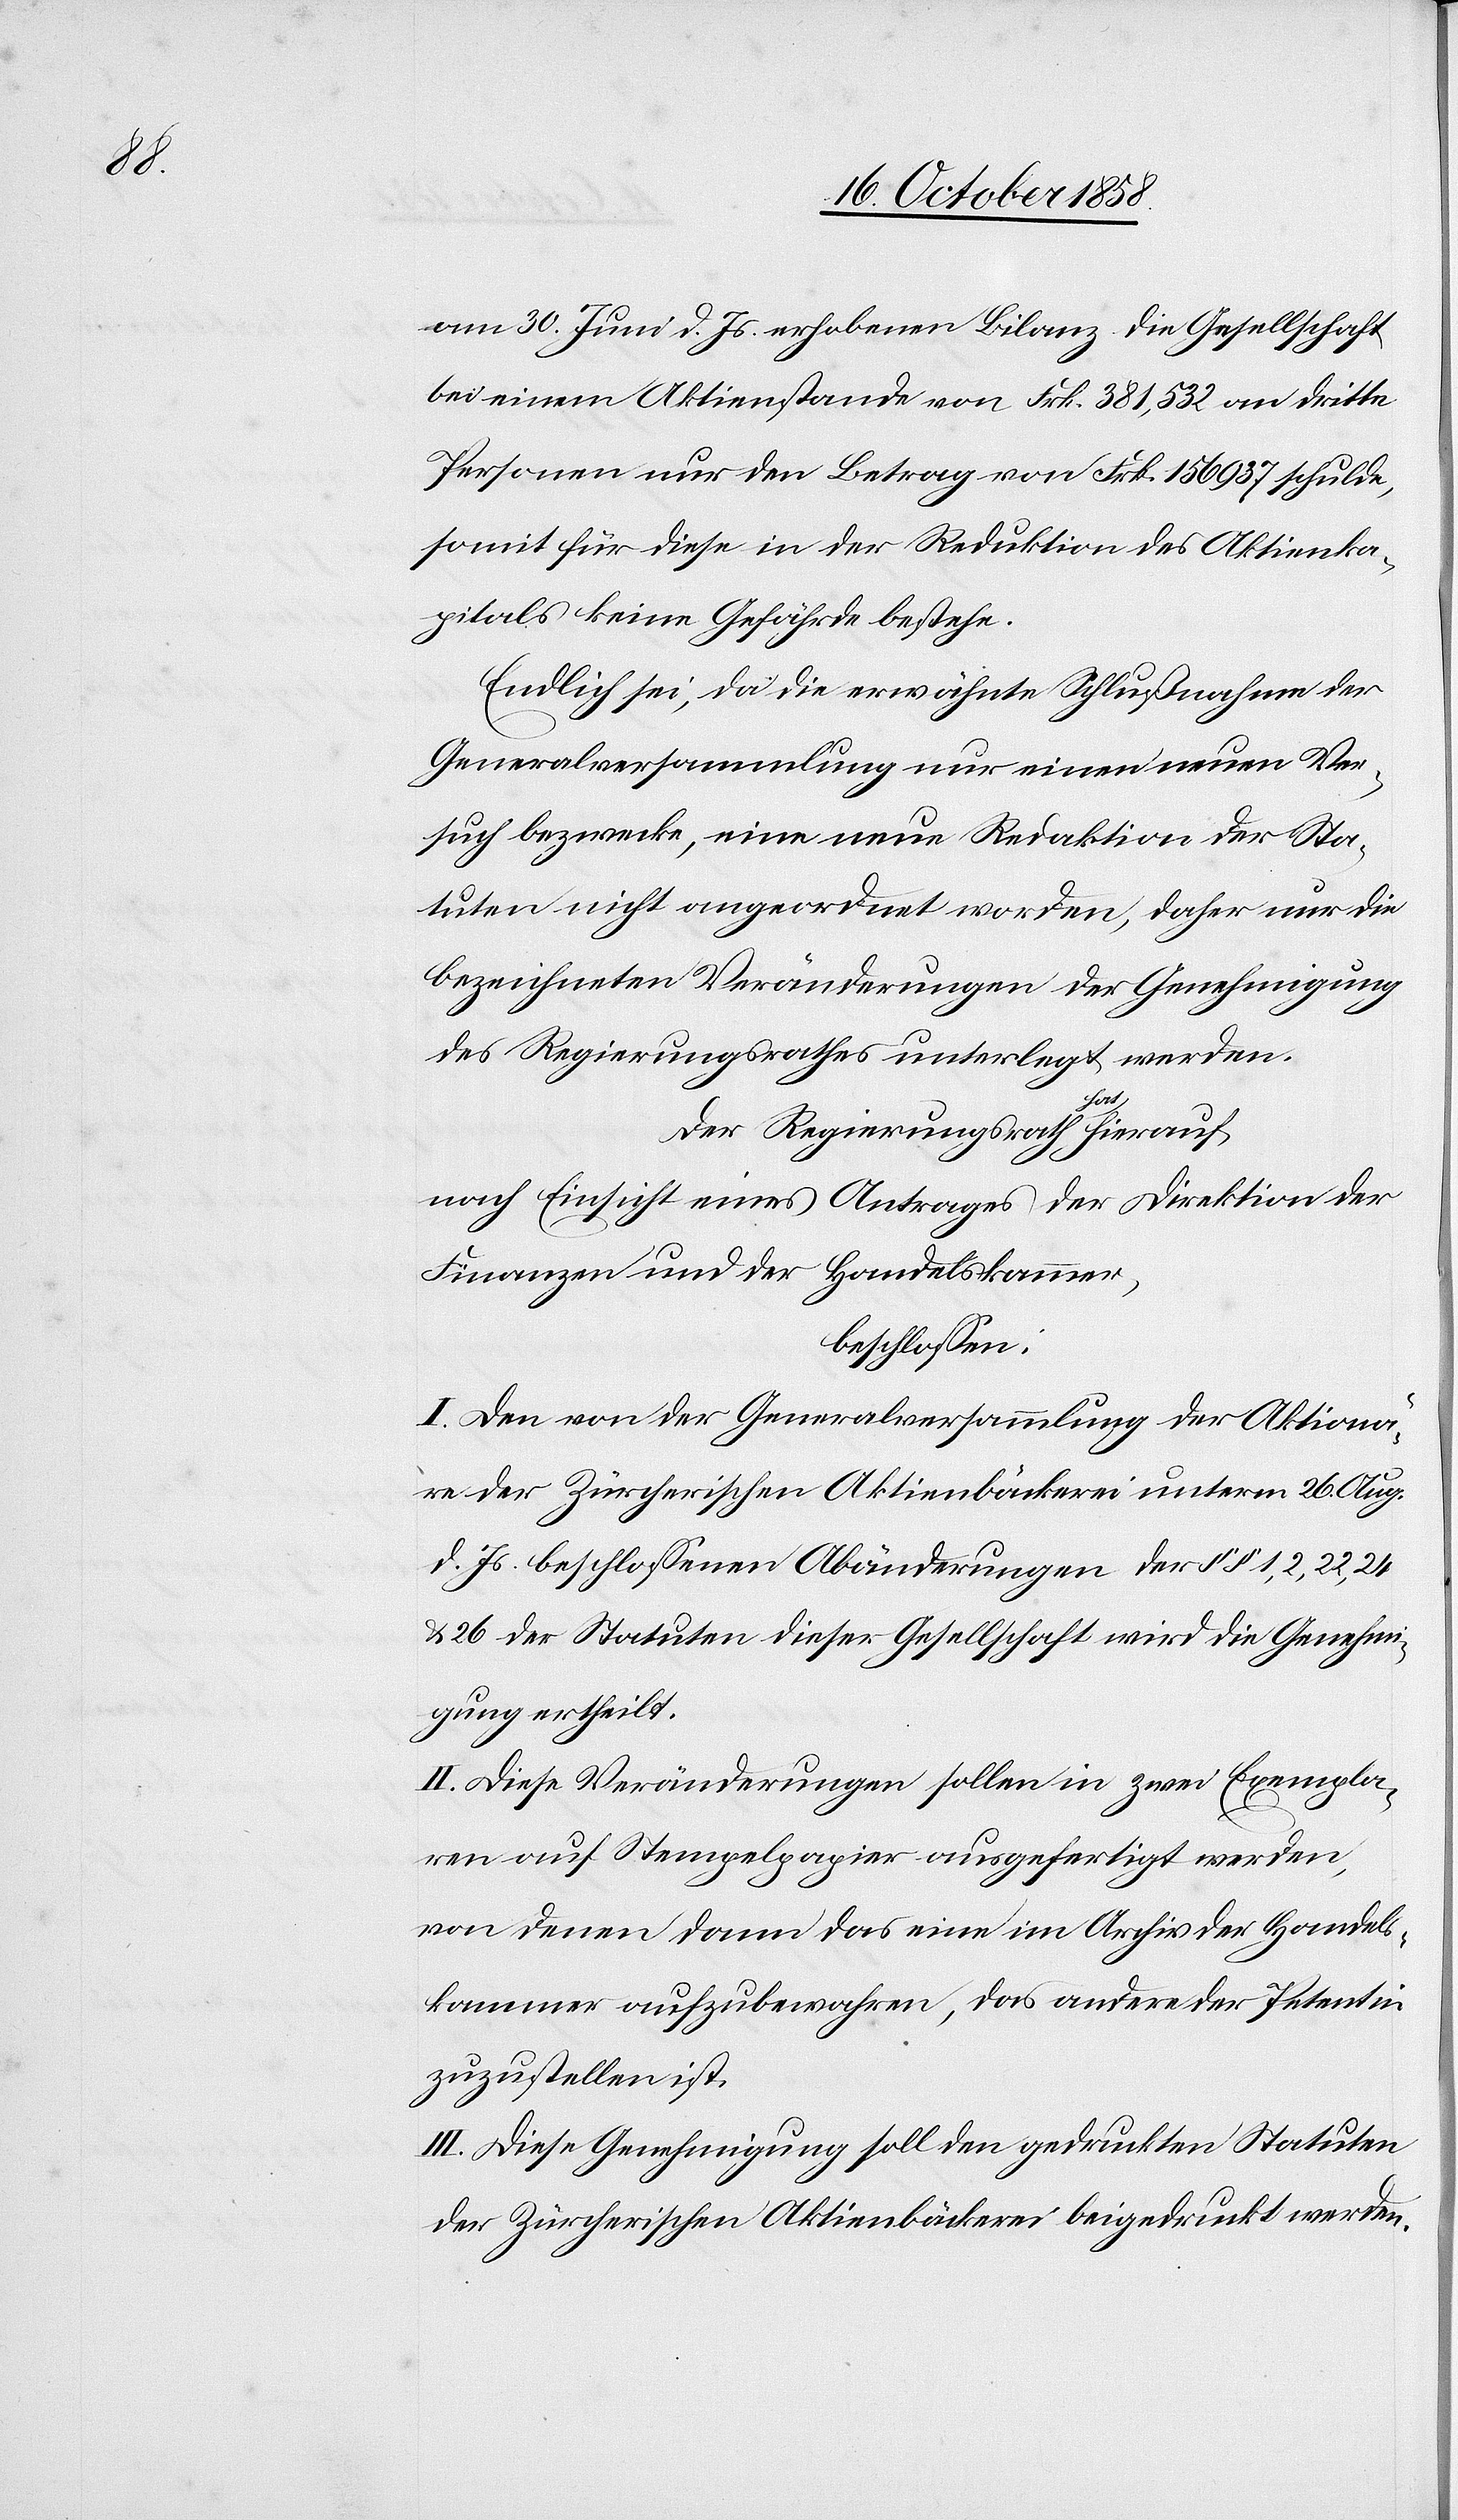
am 30. Juni d. Js. erhobenen Bilanz die Gesellschaft
bei einem Aktienstande von Frk. 381,532 an dritte
Personen nur den Betrag von Frk. 156 937 schulde,
somit für diese in der Reduktion des Aktienka¬
pitals keine Gefährde bestehe.
Endlich sei, da die erwähnte Schlußnahme der
Generalversammlung nur einen neuen Ver¬
such bezwecke, eine neue Redaktion der Sta¬
tuten nicht angeordnet worden, daher nur die
bezeichneten Veränderungen der Genehmigung
des Regierungsrathes unterlegt werden.
Der Regierungsrath hat hierauf,
nach Einsicht eines Antrages der Direktion der
Finanzen und der Handelskammer,
beschlossen:
I. Den von der Generalversammlung der Aktionä¬
re der Zürcherischen Aktienbäckerei unterm 26. Aug.
d. Js. beschlossenen Abänderungen der §§ 1, 2, 22, 24
& 26 der Statuten dieser Gesellschaft wird die Genehmi¬
gung ertheilt.
II. Diese Veränderungen sollen in zwei Exempla¬
ren auf Stempelpapier ausgefertigt werden,
von denen dann das eine im Archiv der Handels¬
kammer aufzubewahren, das andere der Petentin
zuzustellen ist.
III. Diese Genehmigung soll den gedruckten Statuten
der Zürcherischen Aktienbäckerei beigedruckt werden.